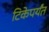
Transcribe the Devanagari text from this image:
टिकेपर्यंत